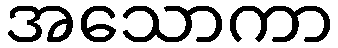
အသောကာ